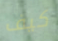
كيف